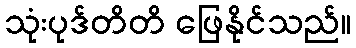
သုံးပုဒ်တိတိ ဖြေနိုင်သည်။